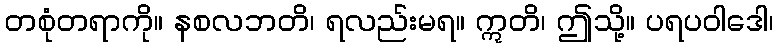
တစုံတရာကို။ နစလဘတိ၊ ရလည်းမရ။ ဣတိ၊ ဤသို့။ ပရပဝါဒေါ၊